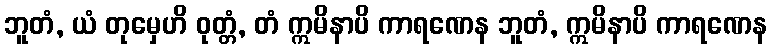
ဘူတံ, ယံ တုမှေဟိ ဝုတ္တံ, တံ ဣမိနာပိ ကာရဏေန ဘူတံ, ဣမိနာပိ ကာရဏေန